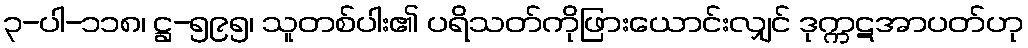
၃-ပါ-၁၁၈၊ ဋ္ဌ-၅၉၅၊ သူတစ်ပါး၏ ပရိသတ်ကိုဖြားယောင်းလျှင် ဒုက္ကဋအာပတ်ဟု